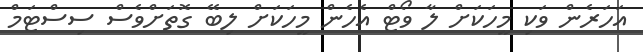
އަހަރެން ވަކި މީހަކަށް ލާ ވޯޓް އެހެން މީހަކަށް ލިބޭ ގޮތަށްވެސް ސިސްޓަމް